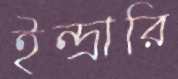
ইন্দ্রারি